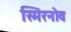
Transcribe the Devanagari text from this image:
स्मिरनोव